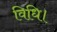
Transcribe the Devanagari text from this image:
विधि।